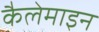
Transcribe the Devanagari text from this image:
कैलेमाइन